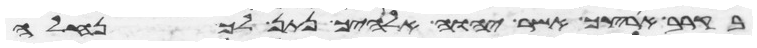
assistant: בקרב ארצך אשר יהוה אלהיך נתן לך נחלה